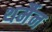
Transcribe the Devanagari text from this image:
थर्मैन